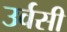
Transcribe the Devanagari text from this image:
उर्वसी